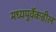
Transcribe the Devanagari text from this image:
मध्यपुर्वेकडील